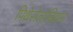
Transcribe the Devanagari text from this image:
पिथेसेलोबियम